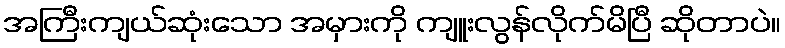
အကြီးကျယ်ဆုံးသော အမှားကို ကျူးလွန်လိုက်မိပြီ ဆိုတာပဲ။